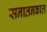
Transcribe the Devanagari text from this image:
सनातनकाल